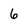
Character: 6